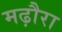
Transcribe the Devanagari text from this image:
मढ़ौरा